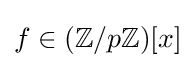
\textstyle f\in (\mathbb {Z} /p\mathbb {Z} )[x]